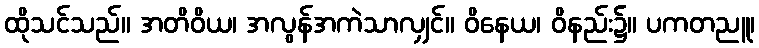
ထိုသင်သည်။ အတိဝိယ၊ အလွန်အကဲသာလျှင်။ ဝိနေယ၊ ဝိနည်း၌။ ပကတညူ၊